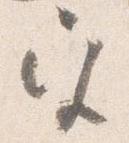
宮